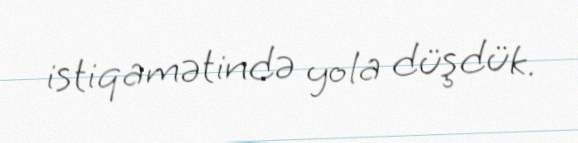
istiqamətində yola düşdük.